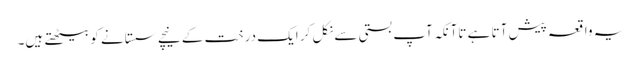
یہ واقعہ پیش آتا ہے تاآنکہ آپ بستی سے نکل کر ایک درخت کے نیچے سستانے کو بیٹھتے ہیں۔